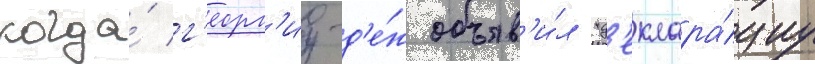
когда́ г'еорг'иу-д'е́ж объяв'и́л "д'еклара́циу